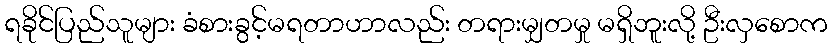
ရခိုင်ပြည်သူများ ခံစားခွင့်မရတာဟာလည်း တရားမျှတမှု မရှိဘူးလို့ ဦးလှစောက